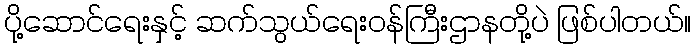
ပို့ဆောင်ရေးနှင့် ဆက်သွယ်ရေး၀န်ကြီးဌာနတို့ပဲ ဖြစ်ပါတယ်။